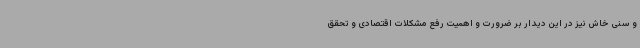
و سنی خاش نیز در این دیدار بر ضرورت و اهمیت رفع مشکلات اقتصادی و تحقق